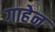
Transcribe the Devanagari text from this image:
गाहेन